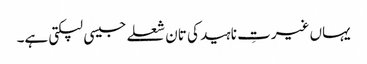
یہاں غیرتِ ناہید کی تان شعلے جیسی لپکتی ہے۔